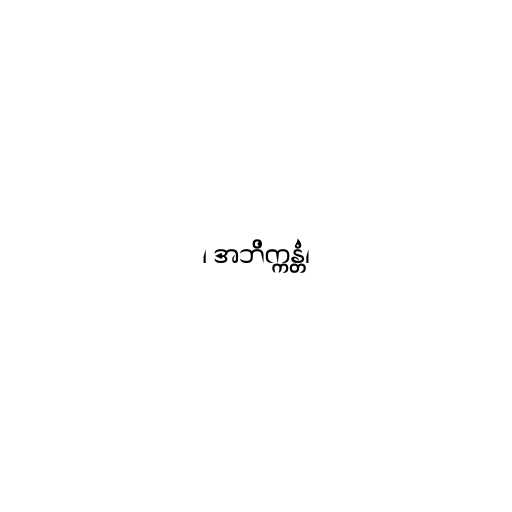
၊ အဘိက္ကန္တံ၊